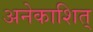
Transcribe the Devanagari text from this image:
अनेकाशित्‌